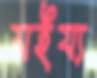
সইয্য